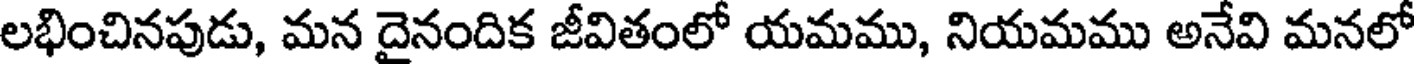
లభించినపుడు, మన దైనందిక జీవితంలో యమము, నియమము అనేవి మనలో